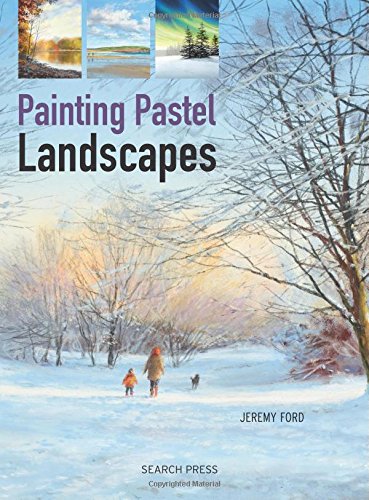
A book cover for Painting Pastel Landscapes; Jeremy Ford; Arts & Photography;